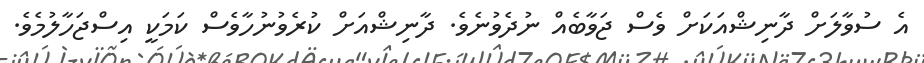
އެ ސުވާލަށް ދާނިޝްއަކަށް ވެސް ޖަވާބެއް ނުދެވުނެވެ. ދާނިޝްއަށް ކުރެވުނުހާވެސް ކަމަކީ އިސްޖަހާލުމެެވެ.